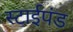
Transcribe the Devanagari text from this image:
स्टाईपंड